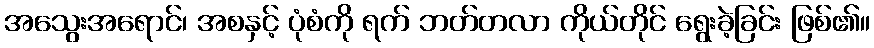
အသွေးအရောင်၊ အစနှင့် ပုံစံကို ရက် ဘတ်တလာ ကိုယ်တိုင် ရွေးခဲ့ခြင်း ဖြစ်၏။